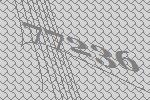
77236